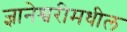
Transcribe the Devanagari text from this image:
ज्ञानेश्वरीमधील